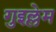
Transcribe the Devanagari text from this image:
गुइल्लेम